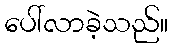
ပေါ်လာခဲ့သည်။